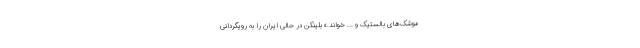
موشک‌های بالستیک و ... خواند.» بلینکن در حالی ایران را به رویگردانی